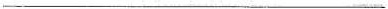
___